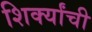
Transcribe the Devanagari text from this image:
शिर्क्यांची